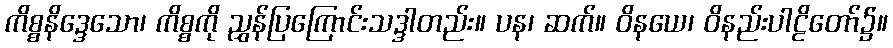
ကိစ္စနိဒ္ဒေသော၊ ကိစ္စကို ညွှန်ပြကြောင်းသဒ္ဒါတည်း။ ပန၊ ဆက်။ ဝိနယေ၊ ဝိနည်းပါဠိတော်၌။